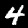
Digit: 4